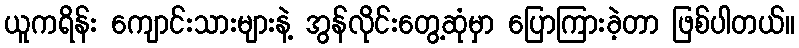
ယူကရိန်း ကျောင်းသားများနဲ့ အွန်လိုင်းတွေ့ဆုံမှာ ပြောကြားခဲ့တာ ဖြစ်ပါတယ်။